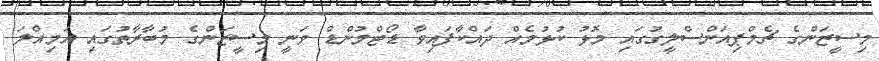
މިސީޒަންގެ ޗެމްޕިއަންސްލީގުގައި މޮޅު ކުޅުމެއް ދައްކާފައިވާ ޑޯޓްމުންޑް ވަނީ މިސީޒަންގެ މުބާރާތުގައި އަމިއްލަ